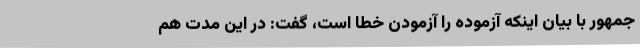
جمهور با بیان اینکه آزموده را آزمودن خطا است،‌ گفت: در این مدت هم